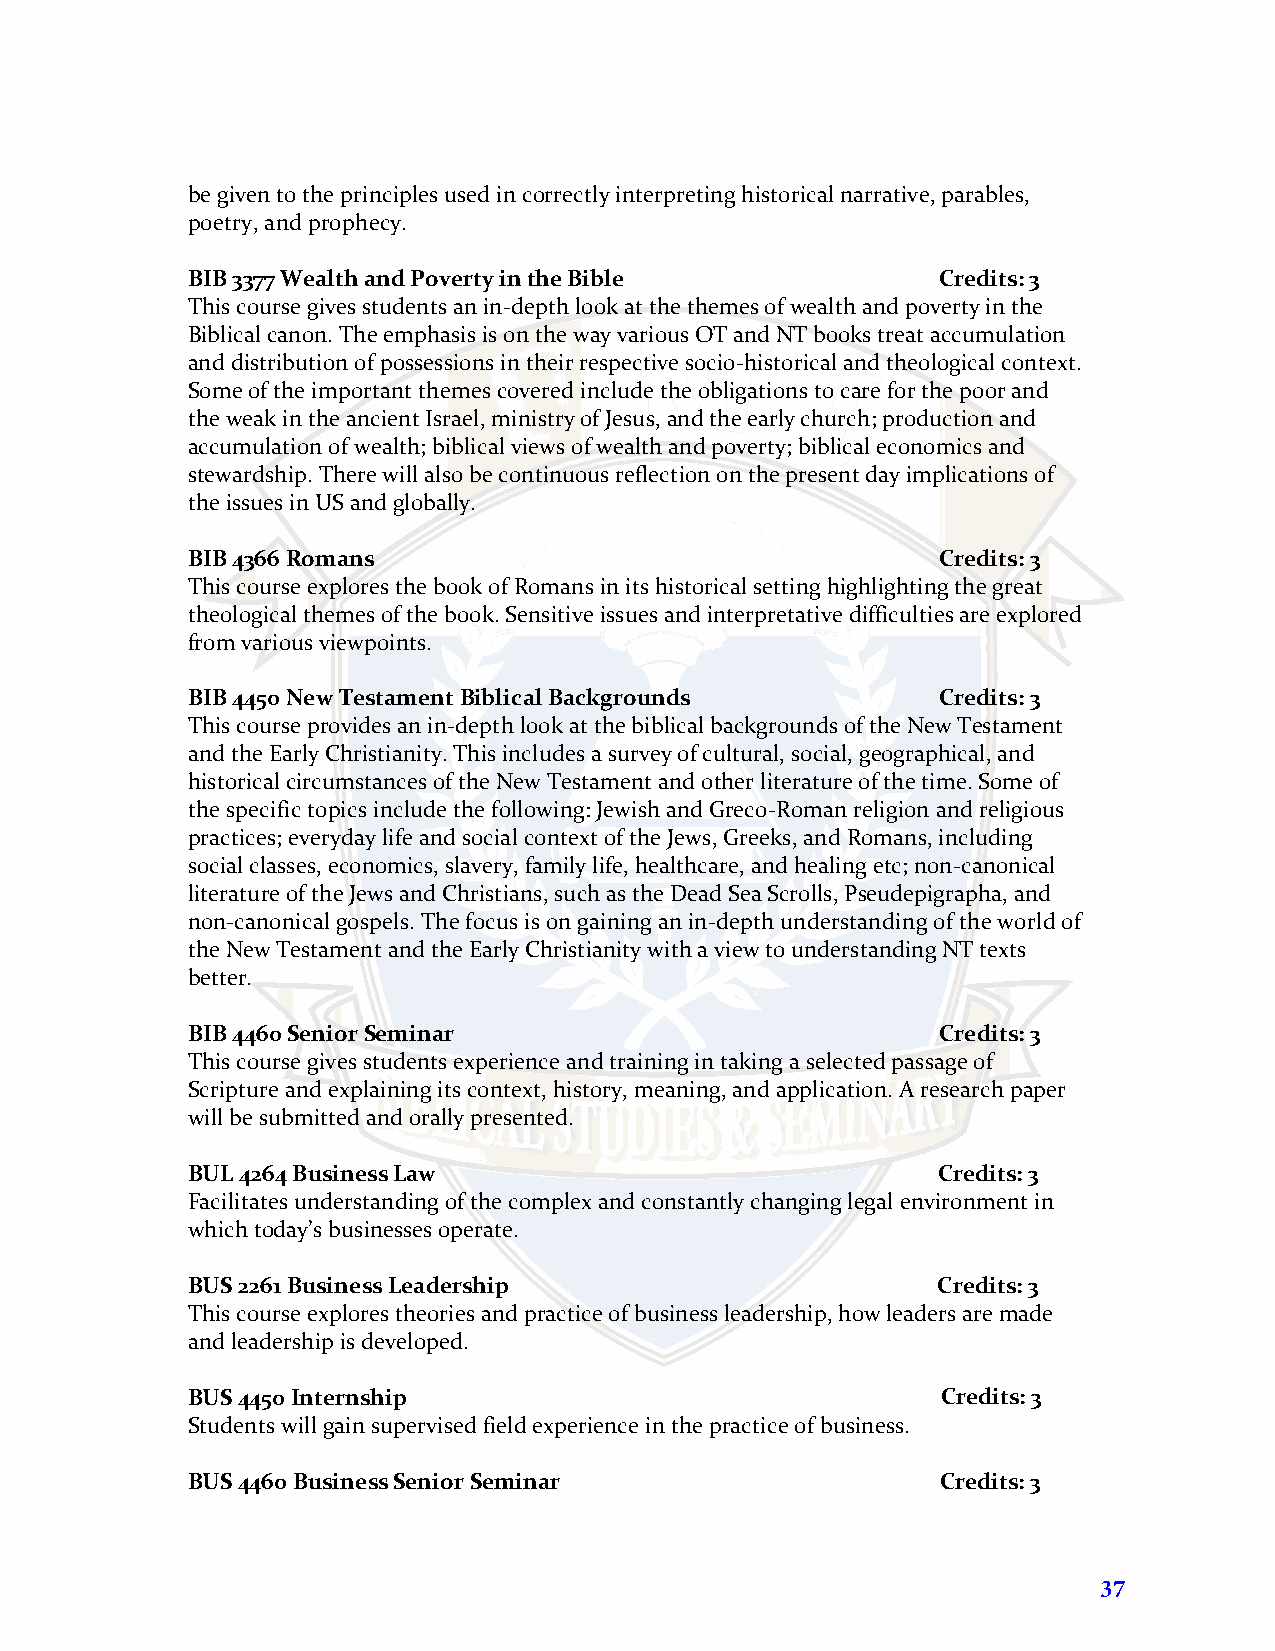
be given to the principles used in correctly interpreting historical narrative, parables,
 poetry, and prophecy.
 BIB 3377 Wealth and Poverty in the Bible          Credits: 3
 This course gives students an in-depth look at the themes of wealth and poverty in the
 Biblical canon. The emphasis is on the way various OT and NT books treat accumulation
 and distribution of possessions in their respective socio-historical and theological context.
 Some of the important themes covered include the obligations to care for the poor and
 the weak in the ancient Israel, ministry of Jesus, and the early church; production and
 accumulation of wealth; biblical views of wealth and poverty; biblical economics and
 stewardship. There will also be continuous reflection on the present day implications of
 the issues in US and globally.
 BIB 4366 Romans                                   Credits: 3
 This course explores the book of Romans in its historical setting highlighting the great
 theological themes of the book. Sensitive issues and interpretative difficulties are explored
 from various viewpoints.
 BIB 4450 New Testament Biblical Backgrounds       Credits: 3
 This course provides an in-depth look at the biblical backgrounds of the New Testament
 and the Early Christianity. This includes a survey of cultural, social, geographical, and
 historical circumstances of the New Testament and other literature of the time. Some of
 the specific topics include the following: Jewish and Greco-Roman religion and religious
 practices; everyday life and social context of the Jews, Greeks, and Romans, including
 social classes, economics, slavery, family life, healthcare, and healing etc; non-canonical
 literature of the Jews and Christians, such as the Dead Sea Scrolls, Pseudepigrapha, and
 non-canonical gospels. The focus is on gaining an in-depth understanding of the world of
 the New Testament and the Early Christianity with a view to understanding NT texts
 better.
 BIB 4460 Senior Seminar                           Credits: 3
 This course gives students experience and training in taking a selected passage of
 Scripture and explaining its context, history, meaning, and application. A research paper
 will be submitted and orally presented.
 BUL 4264 Business Law                             Credits: 3
 Facilitates understanding of the complex and constantly changing legal environment in
 which today’s businesses operate.
 BUS 2261 Business Leadership                      Credits: 3
 This course explores theories and practice of business leadership, how leaders are made
 and leadership is developed.
 BUS 4450 Internship                               Credits: 3
 Students will gain supervised field experience in the practice of business.
 BUS 4460 Business Senior Seminar                  Credits: 3
 37